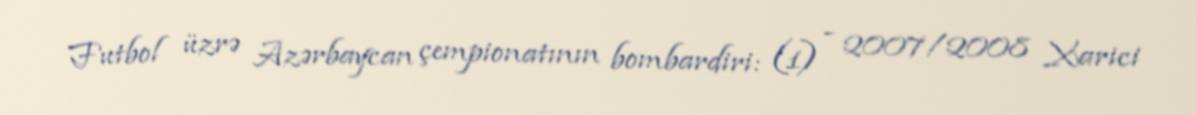
Futbol üzrə Azərbaycan çempionatının bombardiri: (1) - 2007/2008 Xarici